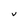
Character: v